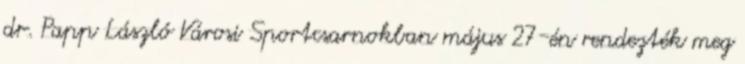
dr. Papp László Városi Sportcsarnokban május 27-én rendezték meg